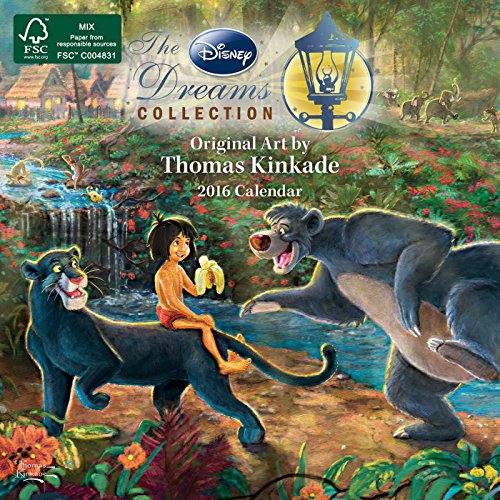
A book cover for Thomas Kinkade: The Disney Dreams Collection 2016 Mini Wall Calendar; Thomas Kinkade; Calendars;